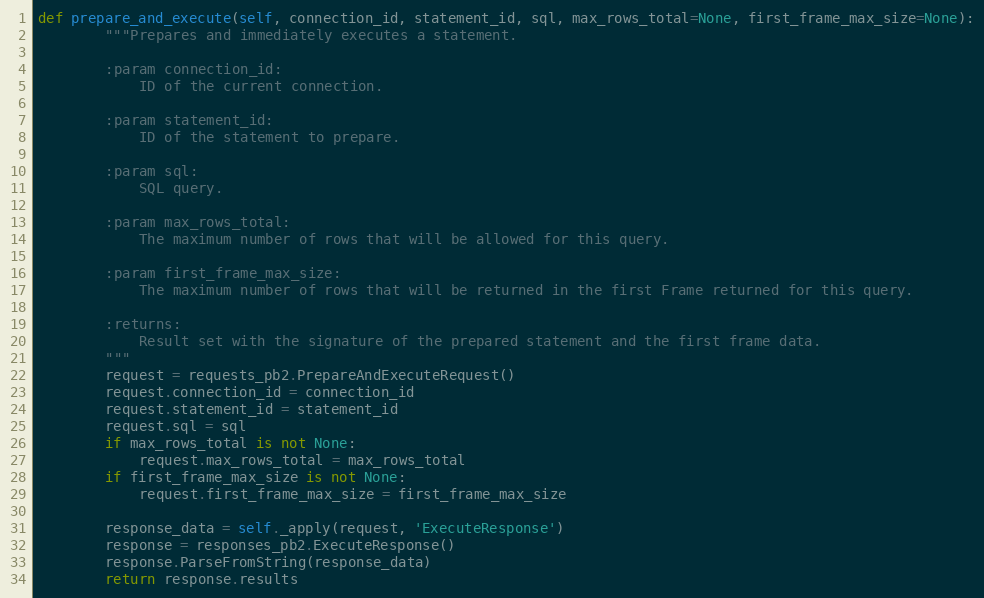
Language: Python
def prepare_and_execute(self, connection_id, statement_id, sql, max_rows_total=None, first_frame_max_size=None):
        """Prepares and immediately executes a statement.

        :param connection_id:
            ID of the current connection.

        :param statement_id:
            ID of the statement to prepare.

        :param sql:
            SQL query.

        :param max_rows_total:
            The maximum number of rows that will be allowed for this query.

        :param first_frame_max_size:
            The maximum number of rows that will be returned in the first Frame returned for this query.

        :returns:
            Result set with the signature of the prepared statement and the first frame data.
        """
        request = requests_pb2.PrepareAndExecuteRequest()
        request.connection_id = connection_id
        request.statement_id = statement_id
        request.sql = sql
        if max_rows_total is not None:
            request.max_rows_total = max_rows_total
        if first_frame_max_size is not None:
            request.first_frame_max_size = first_frame_max_size

        response_data = self._apply(request, 'ExecuteResponse')
        response = responses_pb2.ExecuteResponse()
        response.ParseFromString(response_data)
        return response.results